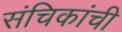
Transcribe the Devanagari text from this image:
संचिकांची